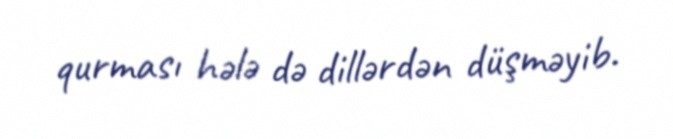
qurması hələ də dillərdən düşməyib.